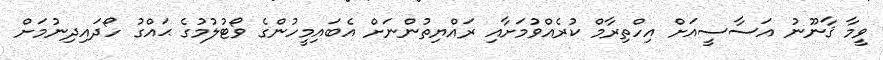
ވީމާ ޤާނޫނު އަސާސީއަށް އިހްތިރާމް ކުރެއްވުމަށާއި ރައްޔިތުންނަށް އެބައިމީހުންގެ ވޯޓުލުމުގެ ޙައްގު ހޯދައިދިނުމަށް